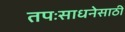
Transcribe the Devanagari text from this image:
तपःसाधनेसाठी